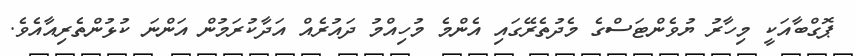
ޕޮގްބާއަކީ މިހާރު ޔުވެންޓަސްގެ މެދުތެރޭގައި އެންމެ މުހިއްމު ދައުރެއް އަދާކުރަމުން އަންނަ ކުޅުންތެރިއާއެވެ.